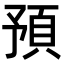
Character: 預